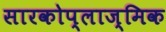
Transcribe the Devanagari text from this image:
सारकोप्लाज्मिक